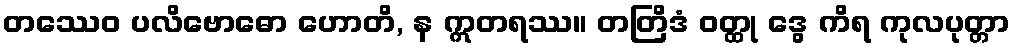
တဿေဝ ပလိဗောဓော ဟောတိ, န ဣတရဿ။ တတြိဒံ ဝတ္ထု ဒွေ ကိရ ကုလပုတ္တာ